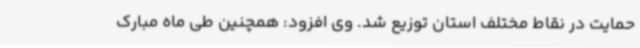
حمایت در نقاط مختلف استان توزیع شد. وی افزود: همچنین طی ماه مبارک